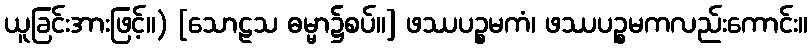
ယူခြင်းအားဖြင့်။) [သောဠသ ဓမ္မာ၌စပ်။] ဖဿပဉ္စမကံ၊ ဖဿပဉ္စမကလည်းကောင်း။